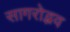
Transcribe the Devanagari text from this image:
सागरोद्भव